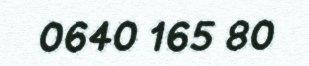
0640 165 80